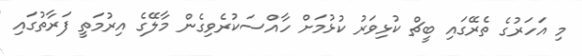
މި އަހަރުގެ ތެރޭގައި ބީޗް ކުޅިވަރު ކުޅުމަށް ހާއްސަކުރެވިގެން މާލޭގެ އިރުމަތީ ފަރާތުގައި